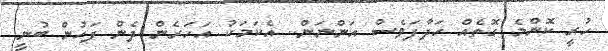
ހުރީ ކޮންމެ ގޮތެއް ހަދާފަވެސް އަންނަން.. އެކަމަކު އަހަރެން ދެން ފަހުން ބުނީ